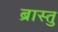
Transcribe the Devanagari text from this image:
ब्रास्तु